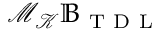
\mathcal { M } _ { \mathcal { K } } \mathbb { B } _ { \mathrm { ~ T ~ D ~ L ~ } }